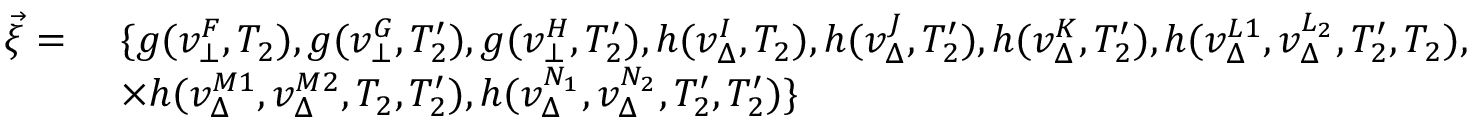
\begin{array} { r l } { \vec { \xi } = \ } & { \{ g ( v _ { \bot } ^ { F } , T _ { 2 } ) , g ( v _ { \bot } ^ { G } , T _ { 2 } ^ { \prime } ) , g ( v _ { \bot } ^ { H } , T _ { 2 } ^ { \prime } ) , h ( v _ { \Delta } ^ { I } , T _ { 2 } ) , h ( v _ { \Delta } ^ { J } , T _ { 2 } ^ { \prime } ) , h ( v _ { \Delta } ^ { K } , T _ { 2 } ^ { \prime } ) , h ( v _ { \Delta } ^ { L 1 } , v _ { \Delta } ^ { L _ { 2 } } , T _ { 2 } ^ { \prime } , T _ { 2 } ) , } \\ & { \times h ( v _ { \Delta } ^ { M 1 } , v _ { \Delta } ^ { M 2 } , T _ { 2 } , T _ { 2 } ^ { \prime } ) , h ( v _ { \Delta } ^ { N _ { 1 } } , v _ { \Delta } ^ { N _ { 2 } } , T _ { 2 } ^ { \prime } , T _ { 2 } ^ { \prime } ) \} } \end{array}